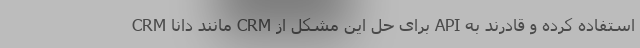
CRM مانند دانا CRM برای حل این مشکل از API استفاده کرده و قادرند به